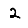
Digit: 2